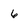
Character: 6